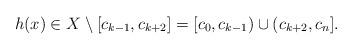
LaTeX: \begin{align*} h(x) \in X \setminus [c_{k-1}, c_{k+2}]= [c_0,c_{k-1}) \cup (c_{k+2},c_n].\end{align*}